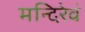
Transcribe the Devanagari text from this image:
मन्दिरेवं